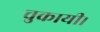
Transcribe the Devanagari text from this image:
चुकायी।